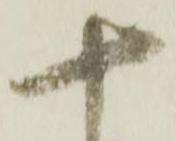
十